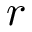
\boldsymbol { r }